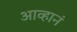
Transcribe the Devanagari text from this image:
आव्हानं